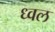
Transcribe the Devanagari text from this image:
ध्वल